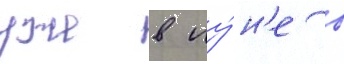
уже в иу́н'е в